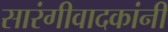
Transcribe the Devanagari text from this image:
सारंगीवादकांनी